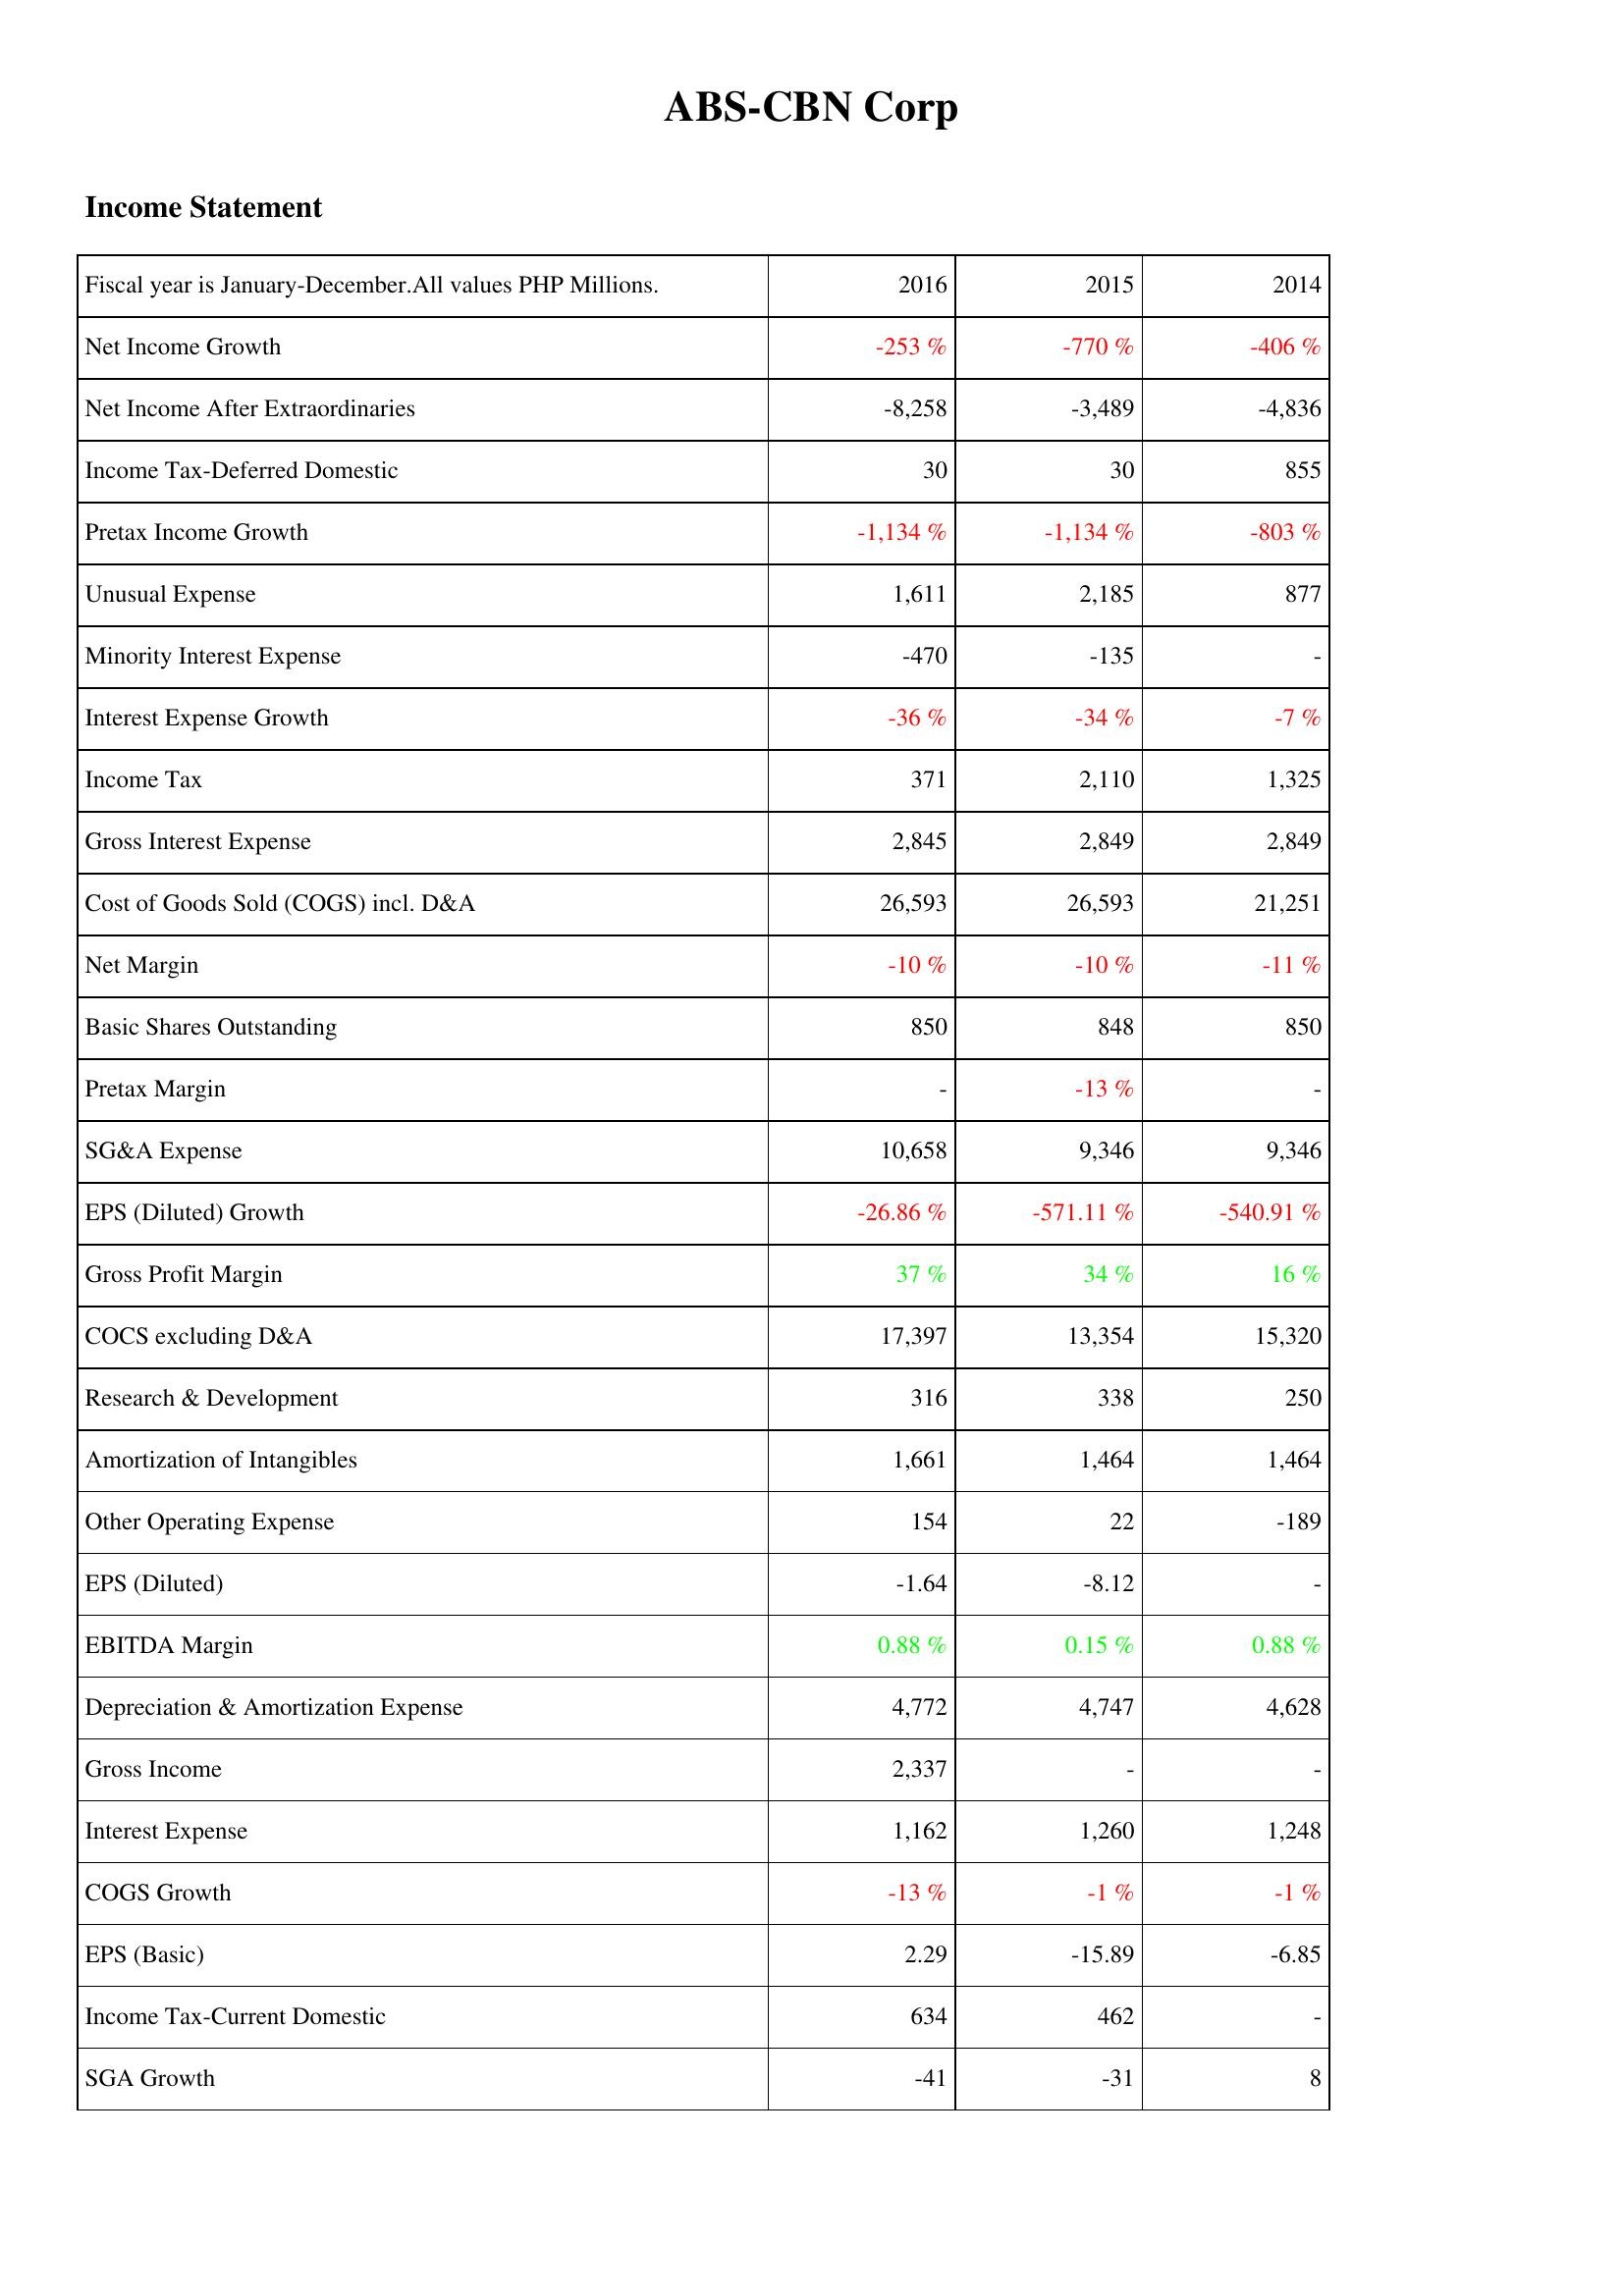
2016: Income Statement: Net Income Growth: -253 %
Net Income After Extraordinaries: -8,258
Income Tax-Deferred Domestic: 30
Pretax Income Growth: -1,134 %
Unusual Expense: 1,611
Minority Interest Expense: -470
Interest Expense Growth: -36 %
Income Tax: 371
Gross Interest Expense: 2,845
Cost of Goods Sold (COGS) incl. D&A: 26,593
Net Margin: -10 %
Basic Shares Outstanding: 850
Pretax Margin: -
SG&A Expense: 10,658
EPS (Diluted) Growth: -26.86 %
Gross Profit Margin: 37 %
COCS excluding D&A: 17,397
Research & Development: 316
Amortization of Intangibles: 1,661
Other Operating Expense: 154
EPS (Diluted): -1.64
EBITDA Margin: 0.88 %
Depreciation & Amortization Expense: 4,772
Gross Income: 2,337
Interest Expense: 1,162
COGS Growth: -13 %
EPS (Basic): 2.29
Income Tax-Current Domestic: 634
SGA Growth: -41
2015: Income Statement: Net Income Growth: -770 %
Net Income After Extraordinaries: -3,489
Income Tax-Deferred Domestic: 30
Pretax Income Growth: -1,134 %
Unusual Expense: 2,185
Minority Interest Expense: -135
Interest Expense Growth: -34 %
Income Tax: 2,110
Gross Interest Expense: 2,849
Cost of Goods Sold (COGS) incl. D&A: 26,593
Net Margin: -10 %
Basic Shares Outstanding: 848
Pretax Margin: -13 %
SG&A Expense: 9,346
EPS (Diluted) Growth: -571.11 %
Gross Profit Margin: 34 %
COCS excluding D&A: 13,354
Research & Development: 338
Amortization of Intangibles: 1,464
Other Operating Expense: 22
EPS (Diluted): -8.12
EBITDA Margin: 0.15 %
Depreciation & Amortization Expense: 4,747
Gross Income: -
Interest Expense: 1,260
COGS Growth: -1 %
EPS (Basic): -15.89
Income Tax-Current Domestic: 462
SGA Growth: -31
2014: Income Statement: Net Income Growth: -406 %
Net Income After Extraordinaries: -4,836
Income Tax-Deferred Domestic: 855
Pretax Income Growth: -803 %
Unusual Expense: 877
Minority Interest Expense: -
Interest Expense Growth: -7 %
Income Tax: 1,325
Gross Interest Expense: 2,849
Cost of Goods Sold (COGS) incl. D&A: 21,251
Net Margin: -11 %
Basic Shares Outstanding: 850
Pretax Margin: -
SG&A Expense: 9,346
EPS (Diluted) Growth: -540.91 %
Gross Profit Margin: 16 %
COCS excluding D&A: 15,320
Research & Development: 250
Amortization of Intangibles: 1,464
Other Operating Expense: -189
EPS (Diluted): -
EBITDA Margin: 0.88 %
Depreciation & Amortization Expense: 4,628
Gross Income: -
Interest Expense: 1,248
COGS Growth: -1 %
EPS (Basic): -6.85
Income Tax-Current Domestic: -
SGA Growth: 8